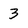
Character: 3